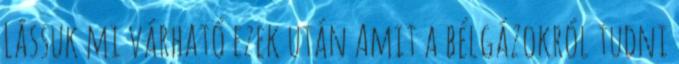
Lássuk mi várható ezek után Amit a bélgázokról tudni